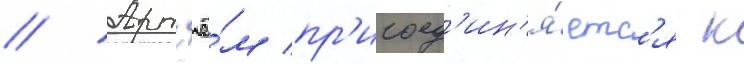
// Арт'ё́м пр'исоед'ин'я́етс'я к